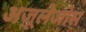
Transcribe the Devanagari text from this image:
अज़ूलेजोस